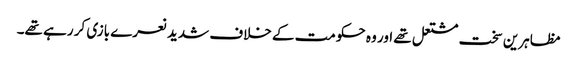
مظاہرین سخت مشتعل تھے اور وہ حکومت کے خلاف شدید نعرے بازی کر رہے تھے۔